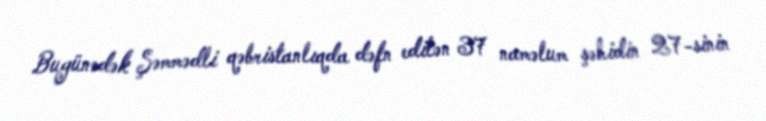
Bugünədək Şəmmədli qəbristanlıqda dəfn edilən 37 naməlum şəhidin 27-sinin